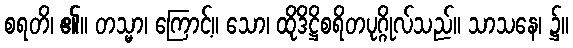
စရတိ၊ ၏။ တသ္မာ၊ ကြောင့်။ သော၊ ထိုဒိဋ္ဌိစရိတပုဂ္ဂိုလ်သည်။ သာသနေ၊ ၌။